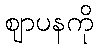
ဈာပနကို